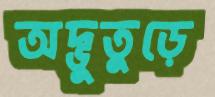
অদ্ভুতুড়ে